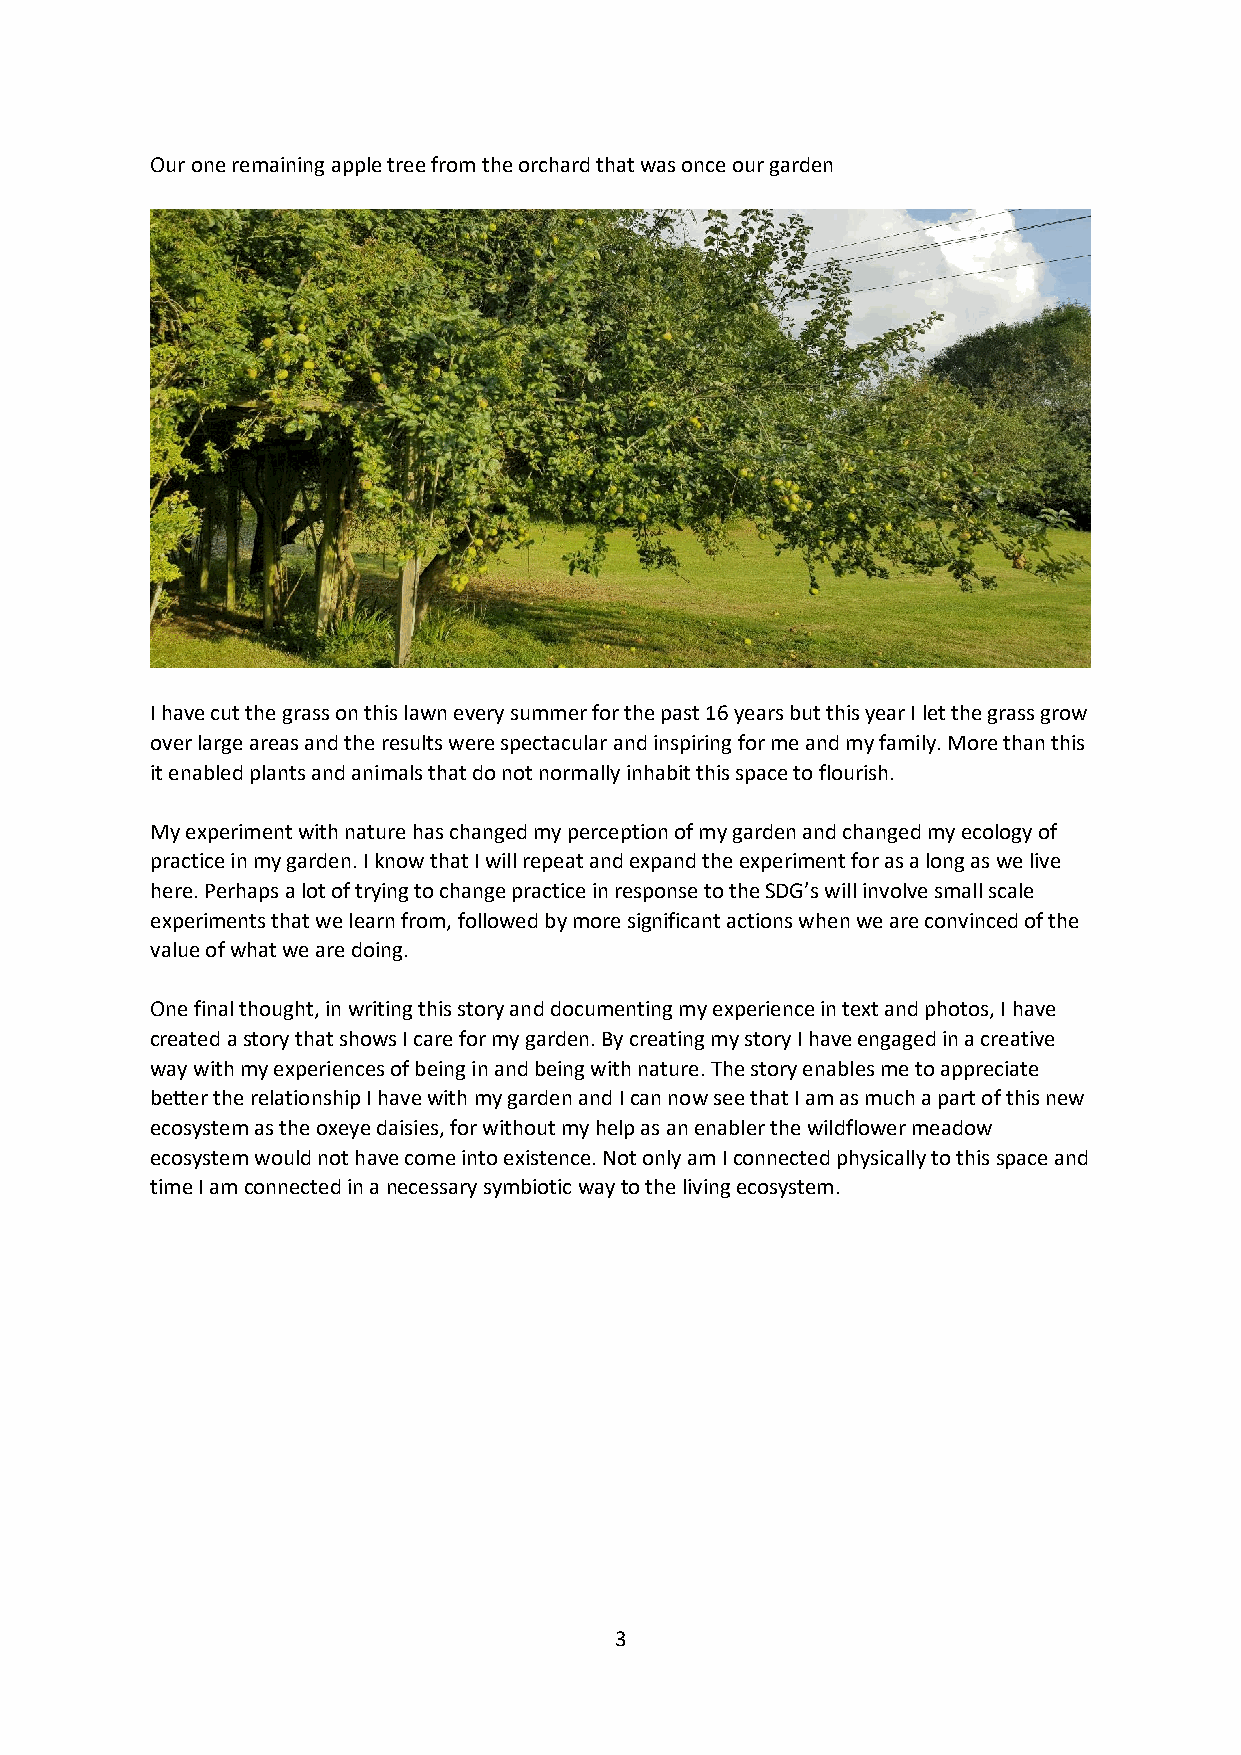
Our one remaining apple tree from the orchard that was once our garden
 I have cut the grass on this lawn every summer for the past 16 years but this year I let the grass grow
 over large areas and the results were spectacular and inspiring for me and my family. More than this
 it enabled plants and animals that do not normally inhabit this space to flourish.
 My experiment with nature has changed my perception of my garden and changed my ecology of
 practice in my garden. I know that I will repeat and expand the experiment for as a long as we live
 here. Perhaps a lot of trying to change practice in response to the SDG’s will involve small scale
 experiments that we learn from, followed by more significant actions when we are convinced of the
 value of what we are doing.
 One final thought, in writing this story and documenting my experience in text and photos, I have
 created a story that shows I care for my garden. By creating my story I have engaged in a creative
 way with my experiences of being in and being with nature. The story enables me to appreciate
 better the relationship I have with my garden and I can now see that I am as much a part of this new
 ecosystem as the oxeye daisies, for without my help as an enabler the wildflower meadow
 ecosystem would not have come into existence. Not only am I connected physically to this space and
 time I am connected in a necessary symbiotic way to the living ecosystem.
 3